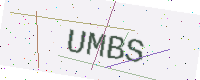
Text: UMBS